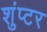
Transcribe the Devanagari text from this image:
शुंप्टर